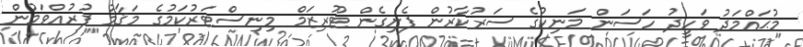
މުޙައްމަދު ވަހީދު ހަސަން މަނިކުގެ ސަރުކާރުން ފެށިގެން ޓޫރިޒަމް މިނިސްޓަރުކަމުގެ މަޤާމު ފުރުއްވަމުން